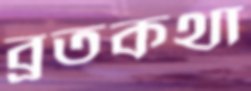
ব্রতকথা